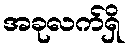
အခုလက်ရှိ